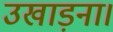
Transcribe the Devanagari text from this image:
उखाड़ना।